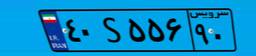
۴۲S۱۳۷۴۶